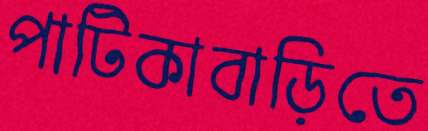
পাটিকাবাড়িতে